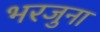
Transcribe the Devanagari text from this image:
भरजुना